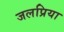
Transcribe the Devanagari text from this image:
जलप्रिया